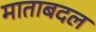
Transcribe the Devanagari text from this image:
माताबदल